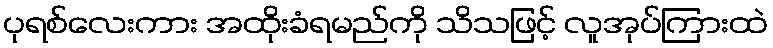
ပုရစ်လေးကား အထိုးခံရမည်ကို သိသဖြင့် လူအုပ်ကြားထဲ